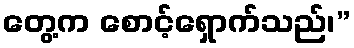
တွေ့က စောင့်ရှောက်သည်၊”